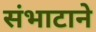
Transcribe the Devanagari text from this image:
संभाटाने